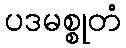
ပဒမစ္စုတံ